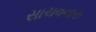
સાચવનારા